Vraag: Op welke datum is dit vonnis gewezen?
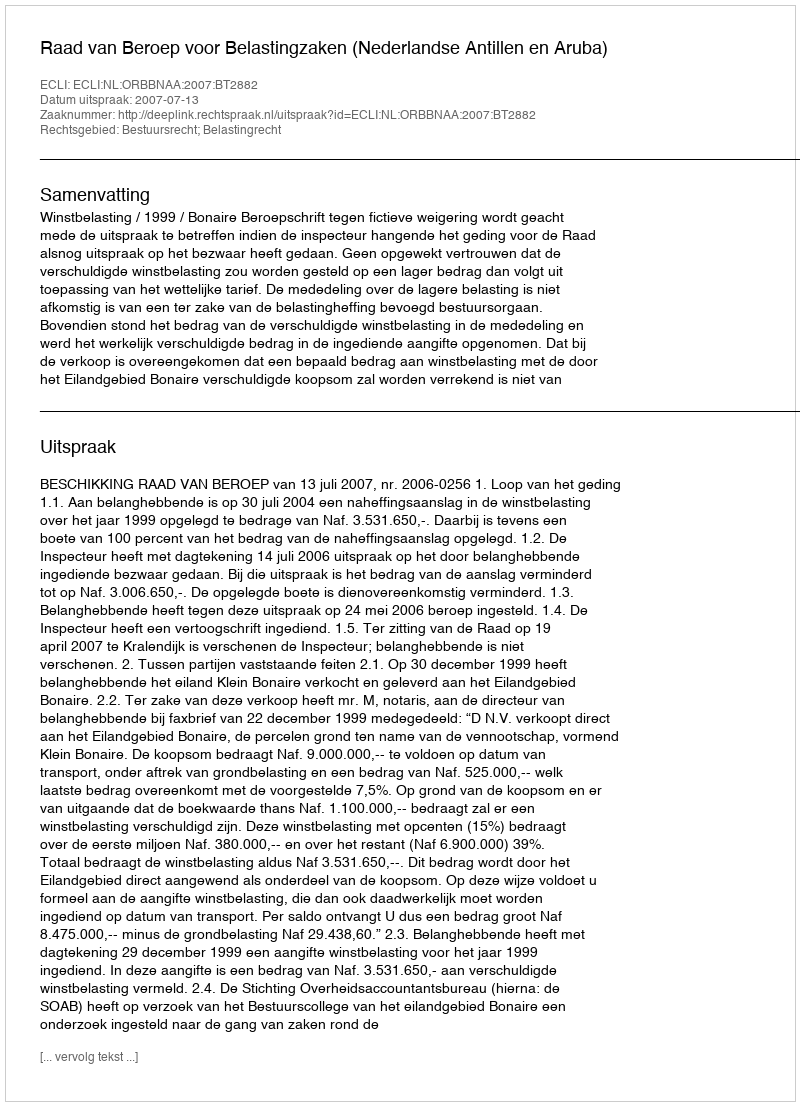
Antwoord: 2007-07-13